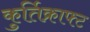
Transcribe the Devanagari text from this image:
कुर्तिक्राफ्ट